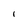
Character: i